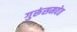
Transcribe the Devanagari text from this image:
गुरूंसमवेत